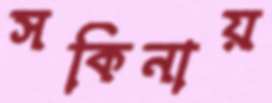
সকিনায়